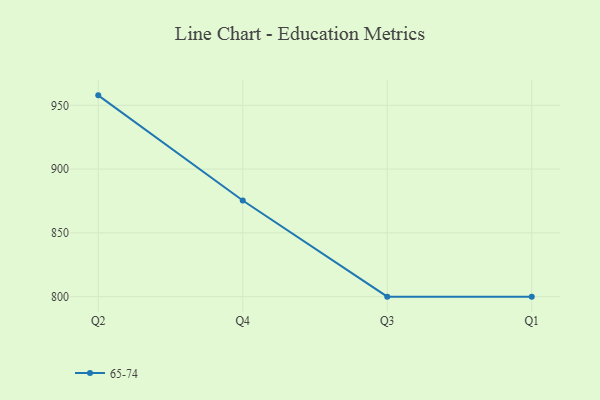
{"axis": {"x": "Quarter", "y": "Demand Index"}, "legend": ["65-74"], "data": [{"x": "Q2", "y": 957.8, "type": "65-74"}, {"x": "Q4", "y": 875.4, "type": "65-74"}, {"x": "Q3", "y": 800, "type": "65-74"}, {"x": "Q1", "y": 800, "type": "65-74"}]}